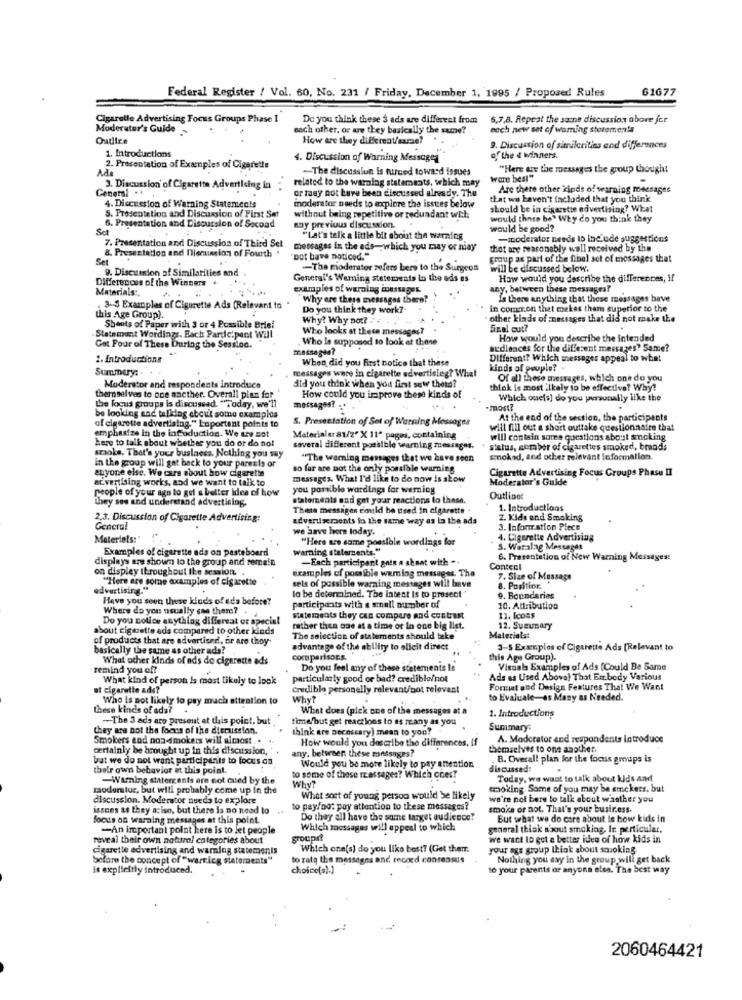
Federal Register / Vol. 60, No. 231 / Friday, December 1, 1995 / Proposed Rules
61677
Cigaretle Advertising Focus Groups Phase 1
Do you think these $ ads are different from
6,7,8, Repeat the same discussions above fer
Moderator's Guide -
each other, or are they basically the same?
each new set cf warning stotemennla
Outlire
How are they different/same?
1. Introductions
9. Discussion of similarities and differences
4. Discussion of Warning Messages
of the 4 winners.
Ada
2. Presentation of Examples of Cigarette
-- The discussion is nursed toward issues
"Here are the messages the group thought
related to the warning statements, which may
wore best"
General ..
3. Discussion' of Cigarette Advertising in
or tasy not have been discussed already. The
Are there other kinds of warning messages
moderator needs to explore the issues below
that we haven't included that you think
4. Discussion of Warning Statements
should be in cigarette advertising? What
5. Presentation and Discussion of First Set
without being repetitive or redundant with
would thnto be" Why do you think they
6. Presentation and Discussion of Second
soy previous discussion.
would be good?
7. Presentation and Discussion of Thisd Set
"Let's talk a little bit about the warning
-moderator needs to include suggestions
8. Presentation and nierussion of Fourth
messages in the ads-which you may or may
that are reasonably well received by the
Set
Dot have noticed."
group as part of the fibel set of messages that
9. Discussion of Similarities and
-The moderator zefers bere to the Surgeon
will be discussed below.
Differences of the Winners
General's Werning stetements in the ads es
How would you describe the differences, If
Materials:
examples of warning inessages.
any, between these messages?
Why are these messages there?
Is there anything that these messages bave
3-5 Examples of Cigarette Ads (Relevant to
Do you think they work ?-
in common thet mekes them superior to the
this Age Group).
Why? Why not? .
· other kinds of messages that did not make the
Shoots of Paper with 3 or 4 Possible Brief
Who looks at these messages?
final cut?
Statement Wordings. Each Participant Will
Who Is supposed to look at these
How would you describe the intended
Got Four of These During the Session.
messaged?
audiences for the different messages? Same?
1. Introductions
When did you first notice that these
Different? Which messages appeal to what
Summary:
kinds of peuple?
messages were in cigarette advertisleg? What
did you think when you first sew thetn?
Of all these messages, which one do you
Moderator and respondents introduce
chlak is most ilkaly to be effective? Why?
themselves to one ancther. Overall plan for
How could you improve these kinds of
Which one[s] do you personally like the
the focus groups is discussed. "Today, we'll
messages?
most?
be looking and talking about some examples
S. Presentation of Set of Warning Messages
At the end of the session, the participants
of cigarette advertising." Loportant points to
will fill out a short outtake questionnaire that
emphasize in the infoduction. We are set
here to talk about whether you do or do not
Materiales 81/2" X 11" pages, containing
will contain sores questions about smoking
several different possible warning messages.
status, sombor of cigarettes smoked, breads
smoke. That's your business. Nothing you say
in the group will get back to your parents or
"The warning messages that we have seen
Enokad, and other relevant Information.
anyone else. We care about how cigarette
so far are not the only possible warning
Cigarette Advertising Focus Groups Phase II
advertising works, and we want to talk to
messages. What I'd like to do now Is slow
Moderator's Guide
people of your agn to get a better idea of how
you possible wordlags for werning
they ses and understand advertising.
statements and get your reactions to these.
Outline:
These messages could be used in cigarette
1. Introductions
2,3. Discussion of Cigarette Advertising:
advertisements in the same way as la the ads
Z. Kids and Smoking
General
we have here today.
3. Infomration Piece
Materiels:
"Here are same possible wordings for
4. Cigarette Advertising
Examples of cigarette ads on pasteboard
warning statements."
S. Watalag Messages
displays are shown to the group and remain
-Each participant gott a skaat with ..
6. Presentation of New Warning Messages:
on displey throughout the session. .
examples of possible warning messages. The
Content
"Here are some examples of cigarette
sels of possible warning messages will beve
7. Size of Massage
advertising."
la be determined. The intent is to present "
8. Position
Have you seen these kinds of eda before?
9. Boundaries
Where do you usually sae them?
participants with a small number of
10. Attribution
Do you police anything differeat or special
statements they can compare and contrast
11. Icoas
about cigarette ede compared to other kinds
rather than one at a time or In one big list.
12. Summary
of products that are advertised !, or are thoy
The selection of statements should take
Materialst
basically the same as other ads?
3-5 Examples of Cigarette Ads [Relevant to
What other kinds of ads do cigarette ads
comparisons.
this Age Group).
remind you of?
Do you feel any of these statements Is
Visuals Examples of Ads (Could Be Same
What kind of person is most Likely to look
particularly good or bad? crediblo/not
Ads ss Used Above) That Embody Various
ut cigarette ads?
credible personelly relevant/not relevant
Fonuat and Design Features That We Want
Who is not likely to pay much attration to
Why?
to Livaluale-as Many as Needed.
these kinds of ada?
What does (pick one of the messages at a
1. Introductions
-The 3 ads are present at this point, but
time/but get reactions to as many as you
they are not the focus of the discussion.
think are necescary) mean to you?
Summary:
Smokers god non-smokers will almost
How would you describe the differences,
A. Moderator and respondents introduce
certainly be brought up in this discussion,
any. between these messages?
themselves to one another.
but we do not want participerits to focus on
B. Overall plan for the focus groups is
the'r own behavior et this point.
Would you be more likely to pay attention
discussed:
-Warning statercents are not cued by the
to some of those messages? Which ones?
Today, we want to talk about kids and
moderslus, but will probably come up in the
Why?
smoking. Some of you may be emckers, but
discussion. Moderator needs to explore
What sort of young person would be likely
we're not bere to talk about wasther you
issues as they ar ise, but there is no need to
to pay/no: pay attention to these messages?
smoke or not. That's your business.
focus on warning messages at this point.
Do they all have the same target audience?
But what we do care about is how kids in
-An important point here is to let people
Which messages will appeal to which
general think about smoking, Ir. perticular.
reveal their own natural categories about
groups?
we want lo gut a better idea of how kids in
cigarette advertising and warning statements
Which one(s) do you like best? (Get them.
your age group think about smoking.
before the concept of "warrieg statements"
to rats the messages and tnooed confessus
Nothing you say in the group will get back
is explicitly introduced.
choice(s).]
to your parents or anyone eles. The best way
2060464421